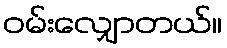
ဝမ်းလျှောတယ်။